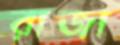
রাজা